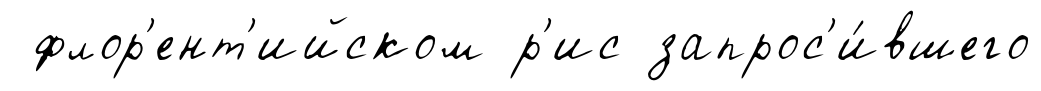
флор'ент'ийском р'ис запрос'и́вшего